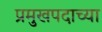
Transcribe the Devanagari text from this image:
प्रमुखपदाच्या